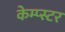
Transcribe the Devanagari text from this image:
केम्प्स्टर